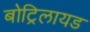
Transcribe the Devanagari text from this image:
बोट्रिलायड